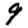
Digit: 9